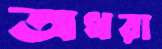
অধরা